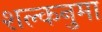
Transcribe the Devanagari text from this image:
शल्कनुमा